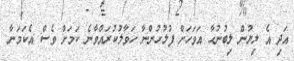
އަދި އެ ލިޔުން ލިބުނުހާ އަވަހަށް ފުލުހުންނާ ހަވާލުކުރައްވާނެ ކަމަށް ވެސް އެކަމަނާ